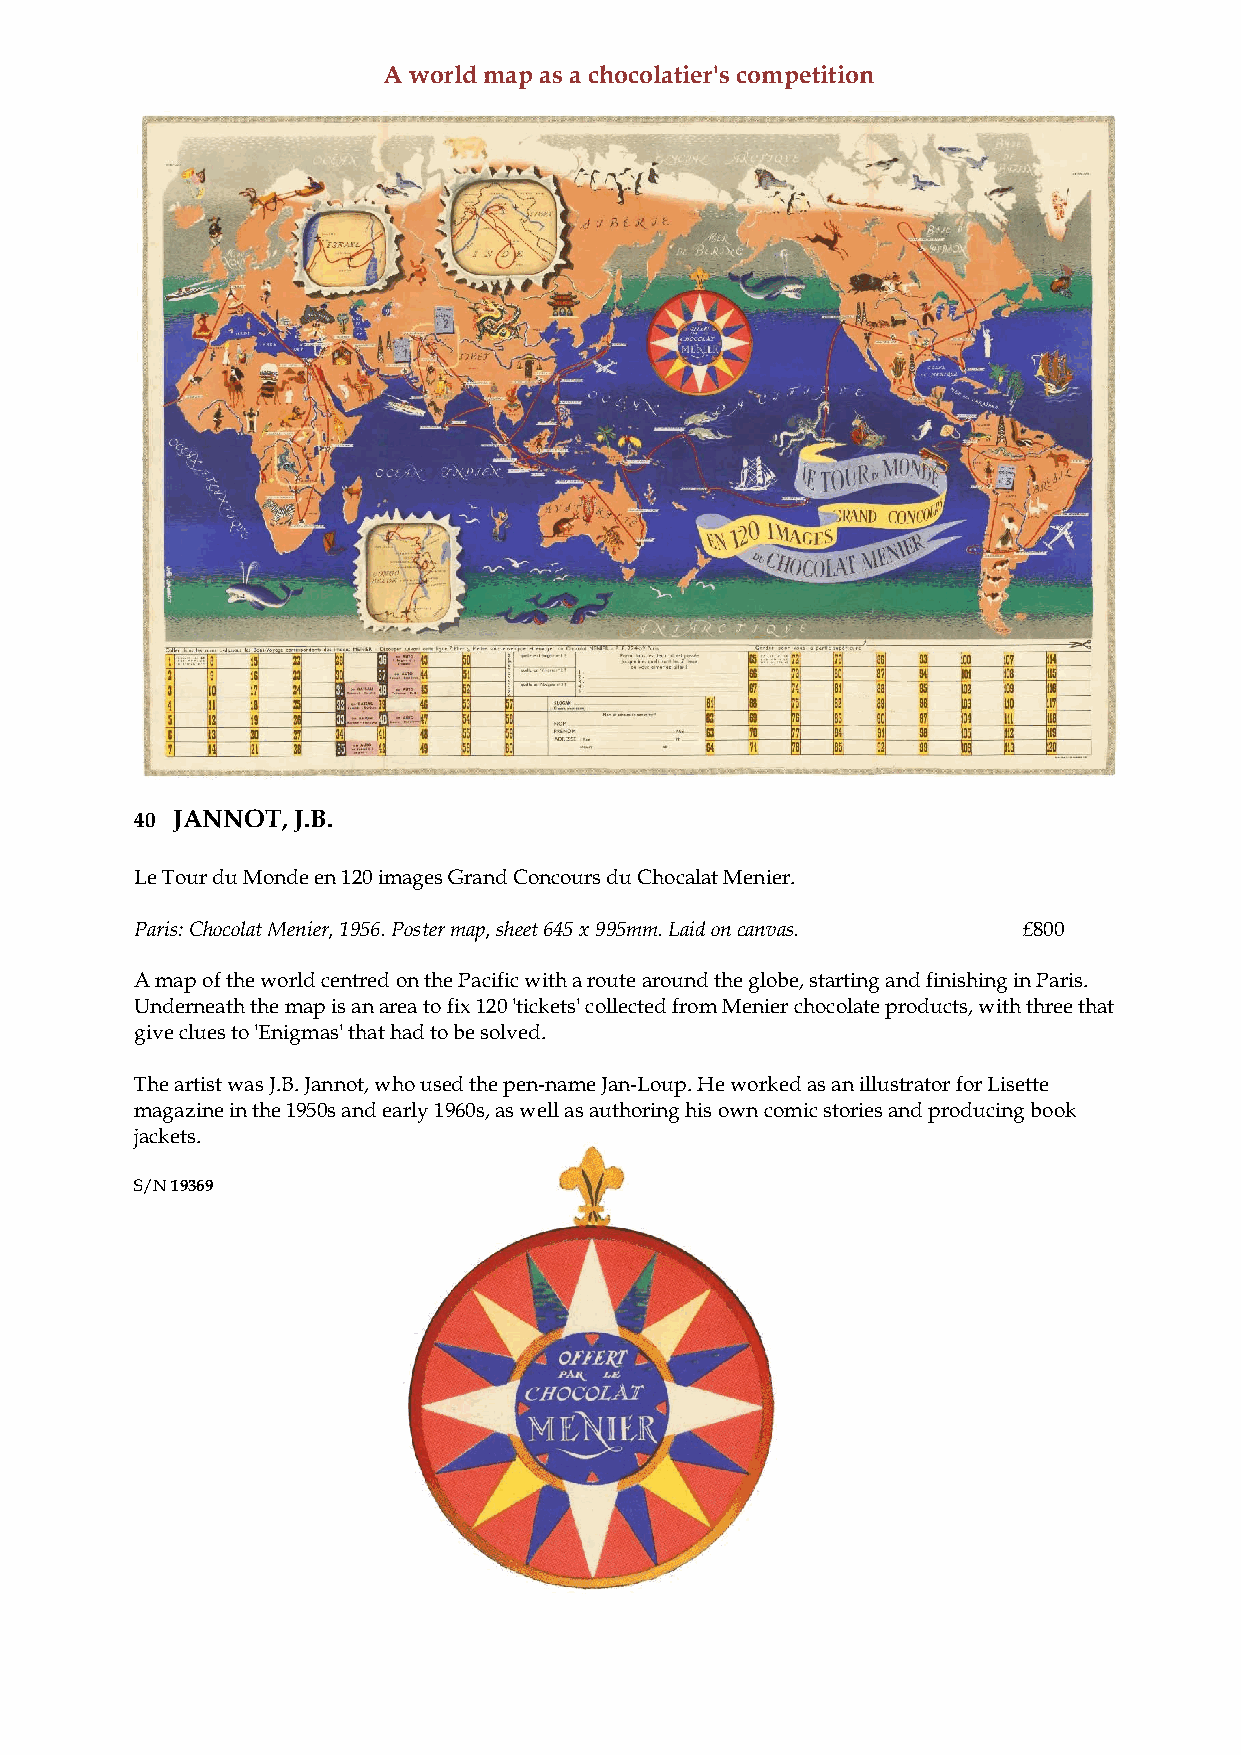
A world map as a chocolatier's competition
 40 JANNOT, J.B.
 Le Tour du Monde en 120 images Grand Concours du Chocalat Menier.
 Paris: Chocolat Menier, 1956. Poster map, sheet 645 x 995mm. Laid on canvas. £800
 A map of the world centred on the Pacific with a route around the globe, starting and finishing in Paris.
 Underneath the map is an area to fix 120 'tickets' collected from Menier chocolate products, with three that
 give clues to 'Enigmas' that had to be solved.
 The artist was J.B. Jannot, who used the pen-name Jan-Loup. He worked as an illustrator for Lisette
 magazine in the 1950s and early 1960s, as well as authoring his own comic stories and producing book
 jackets.
 S/N 19369